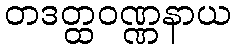
တဒတ္ထဝဏ္ဏနာယ